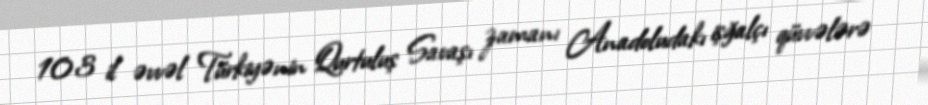
103 il əvvəl Türkiyənin Qurtuluş Savaşı zamanı Anadoludakı işğalçı qüvvələrə